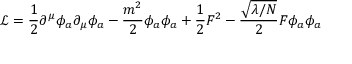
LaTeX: { \mathcal { L } } = { \frac { 1 } { 2 } } \partial ^ { \mu } \phi _ { a } \partial _ { \mu } \phi _ { a } - { \frac { m ^ { 2 } } { 2 } } \phi _ { a } \phi _ { a } + { \frac { 1 } { 2 } } F ^ { 2 } - { \frac { \sqrt { \lambda / N } } { 2 } } F \phi _ { a } \phi _ { a }